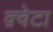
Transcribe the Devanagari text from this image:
क़्वेटा